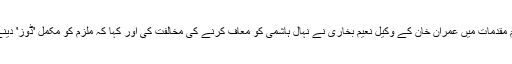
پاناما سمیت دیگر اہم مقدمات میں عمران خان کے وکیل نعیم بخاری نے نہال ہاشمی کو معاف کرنے کی مخالفت کی اور کہا کہ ملزم کو مکمل 'ڈوز' دینے کی ضرورت ہے۔